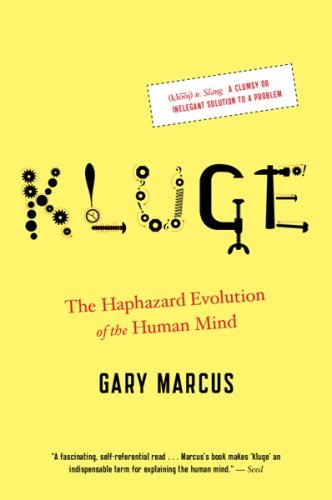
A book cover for Kluge: The Haphazard Evolution of the Human Mind; Gary Marcus; Medical Books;